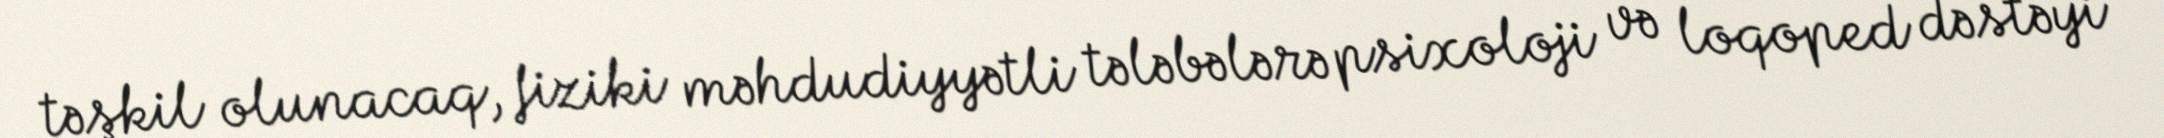
təşkil olunacaq, fiziki məhdudiyyətli tələbələrə psixoloji və loqoped dəstəyi